Report on vaccination in Madras 1922-1929 - 1922-1929
Year: 1922
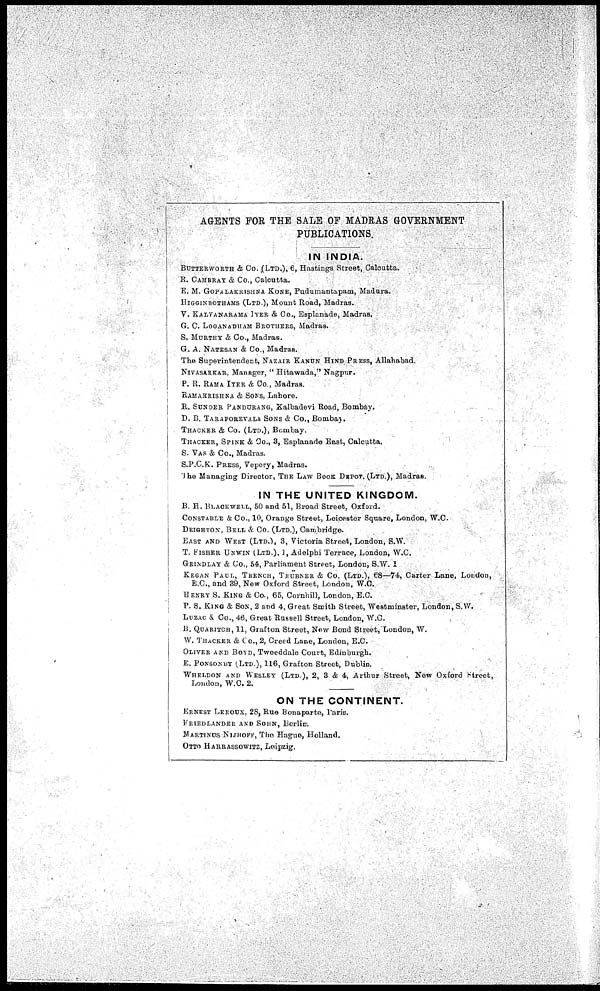
AGENTS FOR THE SALE OF MADRAS GOVERNMENT
PUBLICATIONS.
IN INDIA.
BUTTERWORTH & Co.,(LTD.), 6, Hastings Street, Calcutta.
R. CAMBRAY & Co., Calcutta.
E. M. GOPALAKRISHNA KONE, Pudumantapam, Madura.
HIGGINBOTHAMS (LTD.), Mount Road, Madras.
V. KALYANARAMA IYER & Co., Esplanade, Madras.
G. C. LOGANADHAM BROTHERS, Madras.
S. MURTHY & Co., Madras.
G. A. NATESAN & Co., Madras.
The Superintendent, NAZAIR KANUN HIND PRESS, Allahabad.
NIVASARKAR, Manager, " Hitawada," Nagpur.
P. R. RAMA IYER & Co., Madras.
RAMAKRISHNA & SONS, Lahore.
R. SUNDER PANDURANG, Kalbadevi Road, Bombay.
D. B. TARAPOREVALA SONS & Co., Bombay.
THACKER & Co. (LTD.), Bombay.
THACKER, SPINK & Co., 3, Esplanade East, Calcutta.
S. VAS & Co., Madras.
S.P.C.K. PRESS, Vepery, Madras.
The Managing Director, THE LAW BOOK DEPOT. (LTD.), Madras.
IN THE UNITED KINGDOM.
B. H. BLACKWELL, 50 and 51, Broad Street, Oxford.
CONSTABLE & Co., 10, Orange Street, Leicester Square, London, W.C.
DEIGHTON, BELL & Co. (LTD.), Cambridge.
EAST AND WEST (LTD.), 3, Victoria Street, London, S.W.
T. FISHER UNWIN (LTD.), 1, Adelphi Terrace, London, W.C.
GRINDLAY & Co., 54, Parliament Street, London, S.W. 1
KEGAN PAUL, TRENCH, TRÜBNER & Co. (LTD.), 68—74, Carter Lane, London,
E.C., and 39, New Oxford Street, London, W.C.
HENRY S. KING & Co., 65, Cornhill, London, E.C.
P. S. KING & SON, 2 and 4, Great Smith Street, Westminster, London, S.W.
LUZAC & Co., 46, Great Russell Street, London, W.C.
B. QUARITCH, 11, Grafton Street, New Bond Street, London, W.
W. THACKER & Co., 2, Creed Lane, London, E.C.
OLIVER AND BOYD, Tweeddale Court, Edinburgh.
E. PONSONBY (LTD.), 116, Grafton Street, Dublin.
WHELDON AND WESLEY (LTD.), 2, 3 & 4, Arthur Street, New Oxford Street,
London, W.C. 2.
ON THE CONTINENT.
ERNEST LEROUX, 28, Rue Bonaparte, Paris.
FRIEDLANDER AND SOHN, Berlin.
MARTINUS NIJHOFF, The Hague, Holland.
OTTO HARRASSOWITZ, Leipzig.